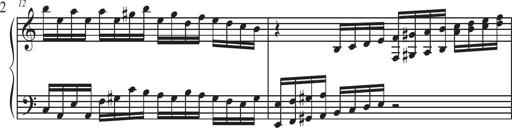
Title: Sonatina Espania
Composer: Jerald Franklin Archer
Key: Various